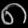
Digit: ၈